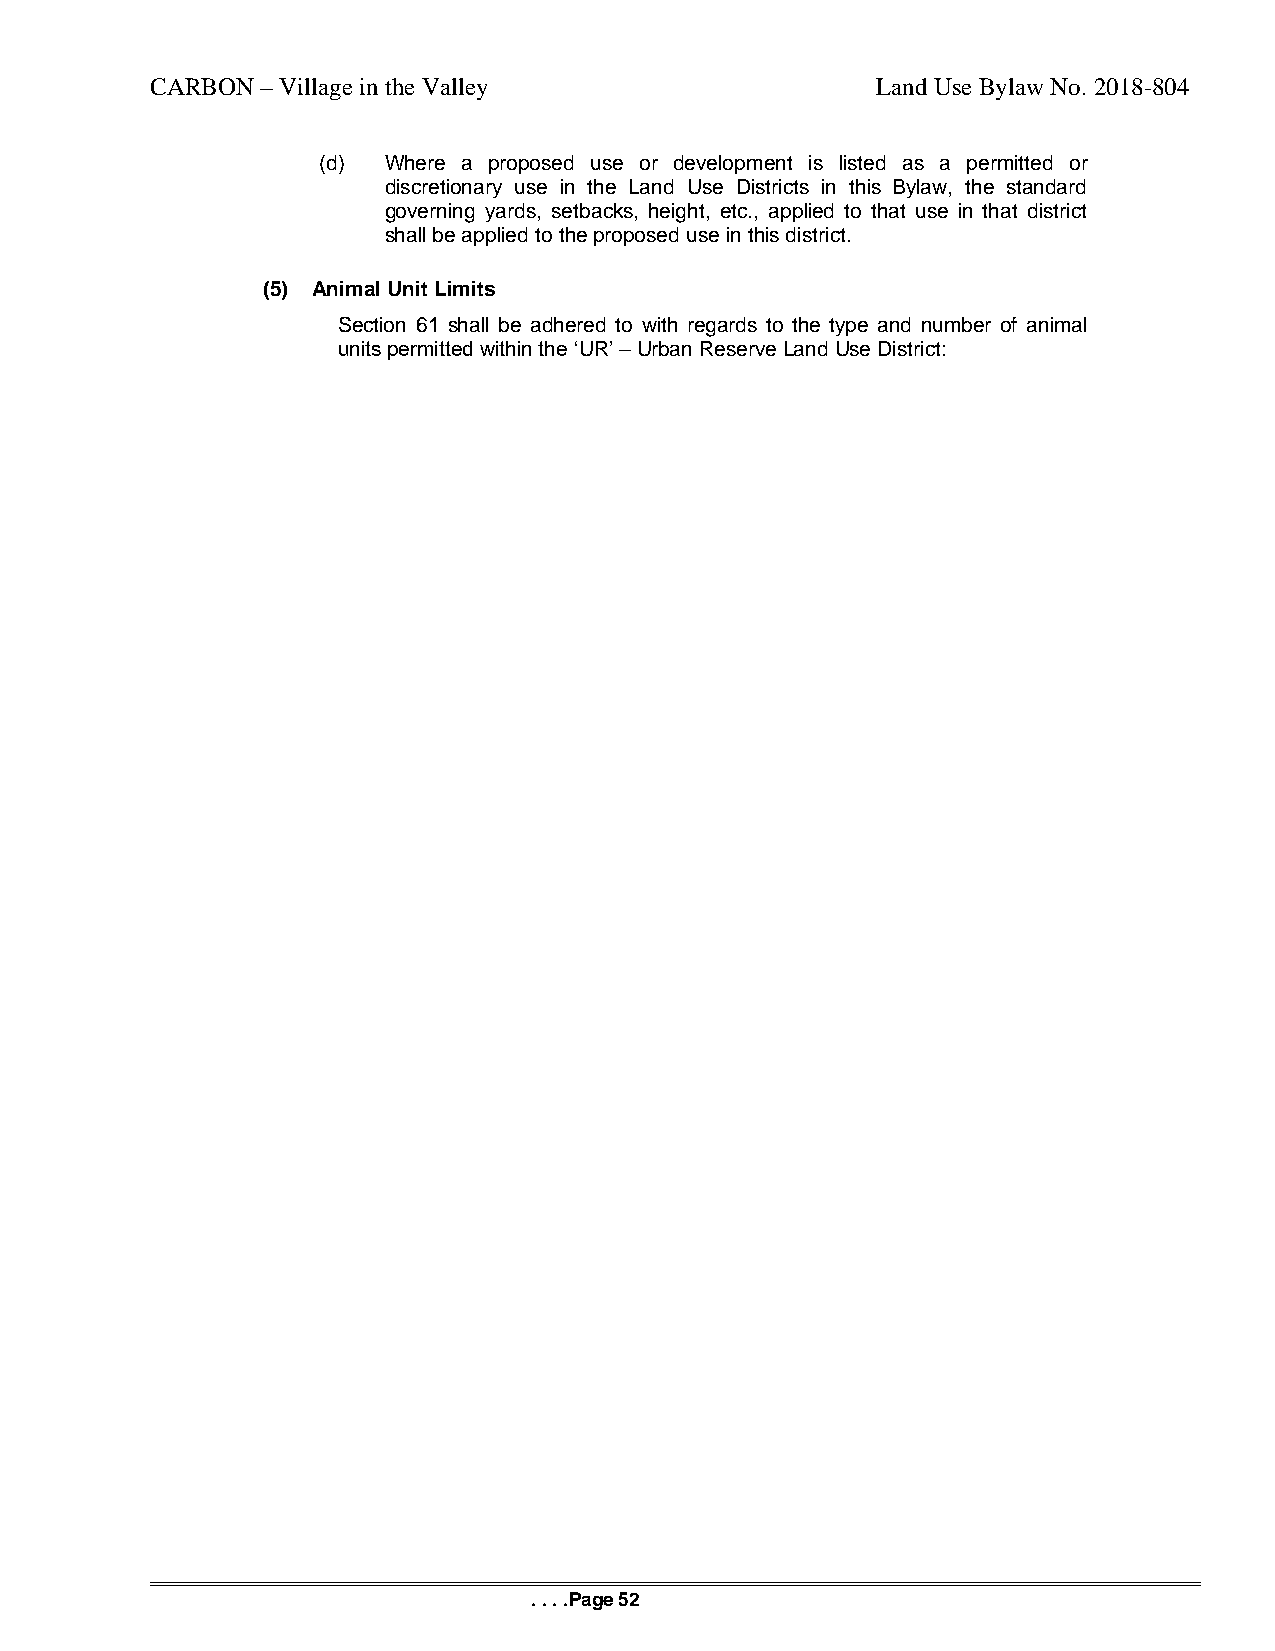
CARBON – Village in the Valley                  Land Use Bylaw No. 2018-804
 (d) Where a proposed use or development is listed as a permitted or
 discretionary use in the Land Use Districts in this Bylaw, the standard
 governing yards, setbacks, height, etc., applied to that use in that district
 shall be applied to the proposed use in this district.
 (5) Animal Unit Limits
 Section 61 shall be adhered to with regards to the type and number of animal
 units permitted within the ‘UR’ – Urban Reserve Land Use District:
 . . . .Page 52